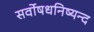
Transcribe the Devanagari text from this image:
सर्वोषधनिष्यन्द